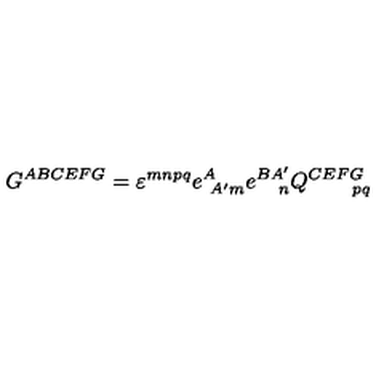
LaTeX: G ^ { A B C E F G } = \varepsilon ^ { m n p q } e _ { \ A ^ { \prime } m } ^ { A } e _ { \quad n } ^ { B A ^ { \prime } } Q _ { \qquad p q } ^ { C E F G } \label B